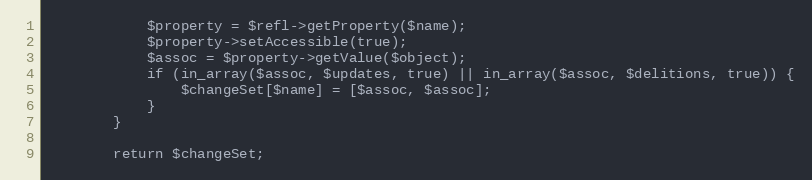
Language: PHP
            $property = $refl->getProperty($name);
            $property->setAccessible(true);
            $assoc = $property->getValue($object);
            if (in_array($assoc, $updates, true) || in_array($assoc, $delitions, true)) {
                $changeSet[$name] = [$assoc, $assoc];
            }
        }

        return $changeSet;